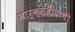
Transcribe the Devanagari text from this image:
मार्क्सवादाची